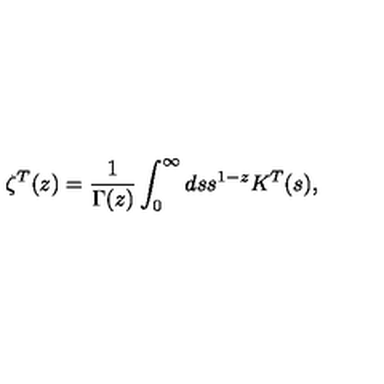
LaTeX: \zeta ^ { T } ( z ) = { \frac { 1 } { \Gamma ( z ) } } \int _ { 0 } ^ { \infty } d s s ^ { 1 - z } K ^ { T } ( s ) ,